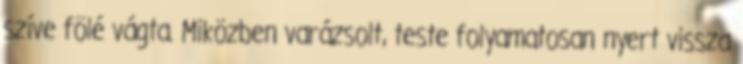
szíve fölé vágta. Miközben varázsolt, teste folyamatosan nyert vissza